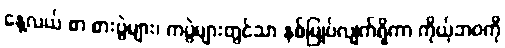
နေ့လယ် စာ စားပွဲများ၊ ကပွဲများတွင်သာ နစ်မြုပ်လျက်ရှိကာ ကိုယ့်ဘဝကို